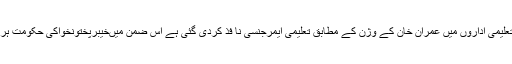
24 ستمبر2018ء) سپیکر خیبرپختونخواسمبلی مشتاق احمد غنی نے کہا ہے کہ خیبرپختونخواکے تعلیمی اداروں میں عمران خان کے وژن کے مطابق تعلیمی ایمرجنسی نا فذ کردی گئی ہے اس ضمن میںخیبرپختونخواکی حکومت ہرممکن طریقے سے تعلیمی اداروں اور ان سے منسلک افراد کو ہر قسم کی سہولیات فراہم کرے گی ۔